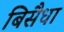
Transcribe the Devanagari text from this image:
बिसैधा